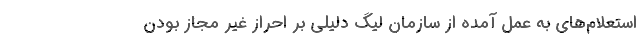
استعلام‌های به عمل آمده از سازمان لیگ دلیلی بر احراز غیر مجاز بودن